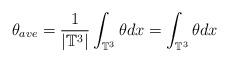
LaTeX: \begin{align*}\theta_{ave} =\frac{1}{| \mathbb{T}^3 |} \int_{\mathbb{T}^3} \theta dx = \int_{\mathbb{T}^3} \theta dx\end{align*}